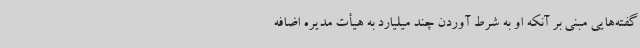
گفته‌هایی مبنی بر آنکه او به شرط آوردن چند میلیارد به هیأت مدیره اضافه